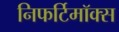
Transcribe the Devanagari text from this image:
निफर्टिमॉक्स